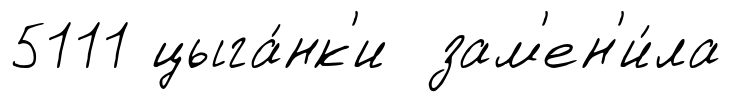
5111 цыга́нк'и зам'ен'и́ла